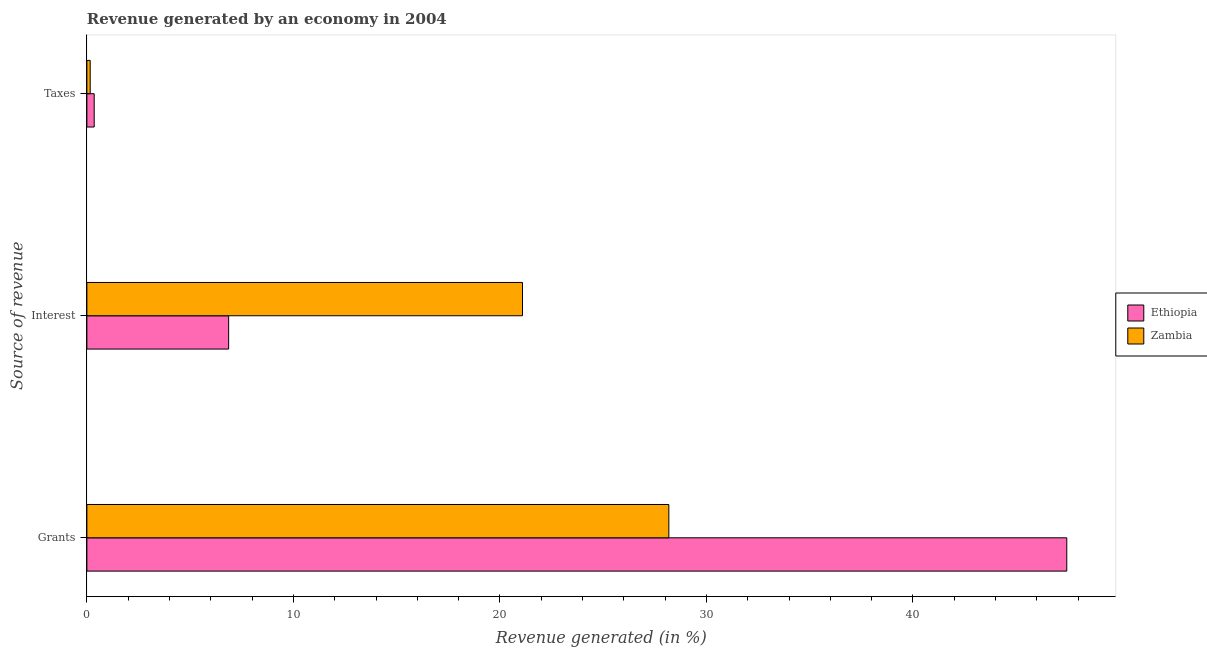
| Source of revenue | Ethiopia | Zambia |
 | --- | --- | --- |
 | Grants | 47.4 | 28.2 |
 | Interest | 6.86 | 21.1 |
 | Taxes | 0.355 | 0.161 |